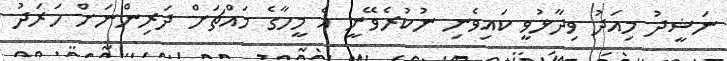
ނަޝީދު މިއަދު ވިދާޅުވީ ކައިވެނި ނުކުރެވޭނީ އެ މީހާގެ މައްޗަަށް ދަރިންނަށް ހަރަދު